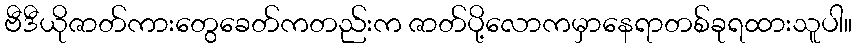
ဗီဒီယိုဇာတ်ကားတွေခေတ်ကတည်းက ဇာတ်ပို့လောကမှာနေရာတစ်ခုရထားသူပါ။